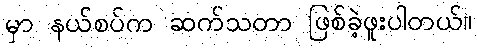
မှာ နယ်စပ်က ဆက်သတာ ဖြစ်ခဲ့ဖူးပါတယ်။